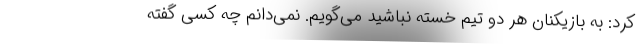
کرد: به بازیکنان هر دو تیم خسته نباشید می‌گویم. نمی‌دانم چه کسی گفته